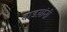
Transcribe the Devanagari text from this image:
वाडय़ांनी